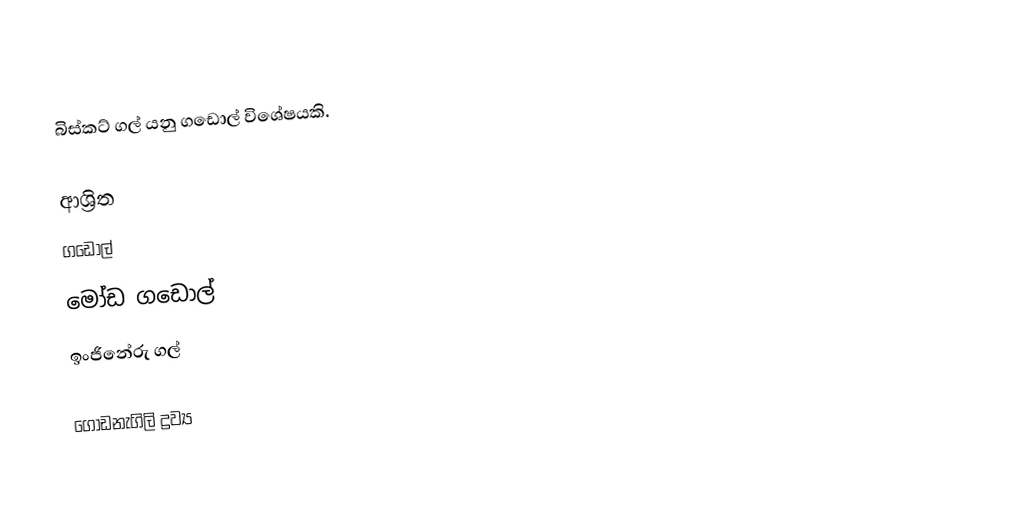
බිස්කට් ගල් යනු ගඩොල් විශේෂයකි.

ආශ්‍රිත
 ගඩොල්
 මෝඩ ගඩොල්
 ඉංජිනේරු ගල්

ගොඩනැගිලි ද්‍රව්‍ය